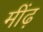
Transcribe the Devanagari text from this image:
मींढ़